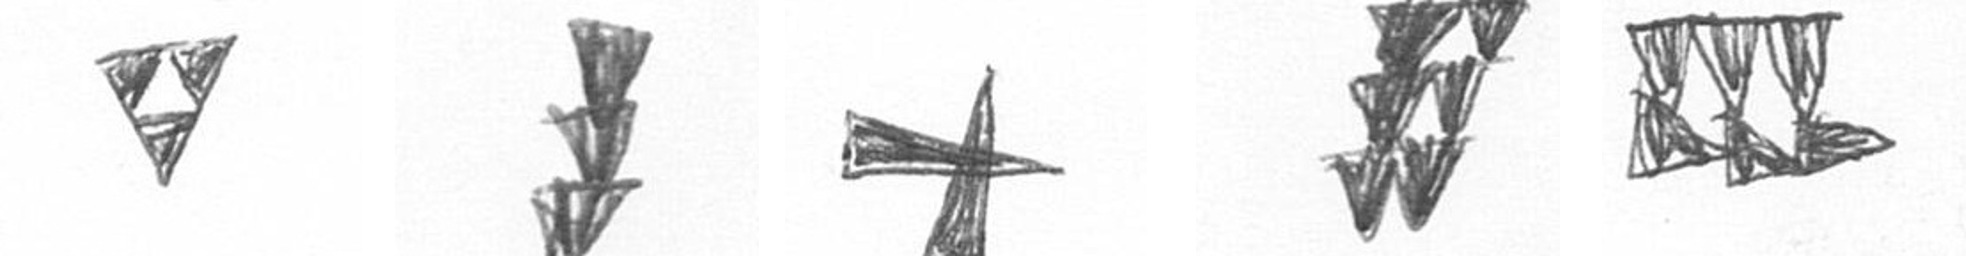
S E G Y D